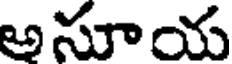
అసూయ